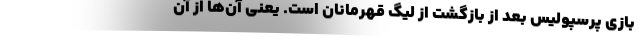
بازی پرسپولیس بعد از بازگشت از لیگ قهرمانان است. یعنی آن‌ها از آن